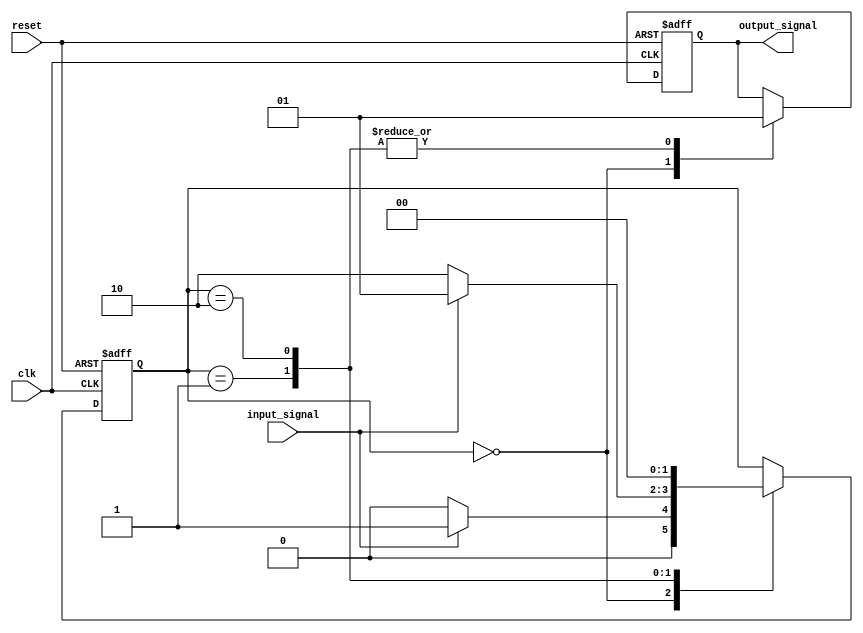
module StateMachine (
    input wire clk,
    input wire reset,
    input wire input_signal,
    output wire output_signal
);

// Define state machine states
parameter StateA = 2'b00;
parameter StateB = 2'b01;
parameter StateC = 2'b10;

// Define state machine outputs
reg output_signal;

// Define state machine state register
reg [1:0] state;

always @(posedge clk or posedge reset) begin
    if (reset) begin
        state <= StateA;
        output_signal <= 1'b0;
    end else begin
        case (state)
            StateA: begin
                if (input_signal) begin
                    state <= StateB;
                end else begin
                    state <= StateA;
                end
                output_signal <= 1'b0;
            end
            StateB: begin
                if (!input_signal) begin
                    state <= StateC;
                end else begin
                    state <= StateB;
                end
                output_signal <= 1'b1;
            end
            StateC: begin
                state <= StateA;
                output_signal <= 1'b1;
            end
        endcase
    end
end

endmodule